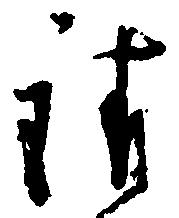
請